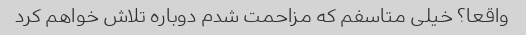
واقعا؟ خیلی متاسفم که مزاحمت شدم دوباره تلاش خواهم کرد